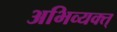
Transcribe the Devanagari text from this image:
अभिव्यक्त्